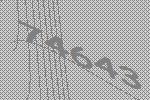
74643